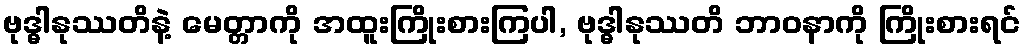
ဗုဒ္ဓါနုဿတိနဲ့ မေတ္တာကို အထူးကြိုးစားကြပါ, ဗုဒ္ဓါနုဿတိ ဘာဝနာကို ကြိုးစားရင်